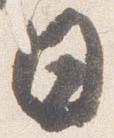
日